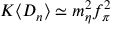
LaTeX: K \langle D _ { n } \rangle \simeq m _ { \eta } ^ { 2 } f _ { \pi } ^ { 2 }